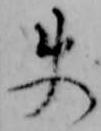
使